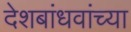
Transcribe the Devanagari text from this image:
देशबांधवांच्या